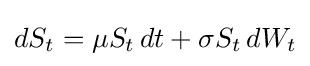
dS_{t}=\mu S_{t}\,dt+\sigma S_{t}\,dW_{t}